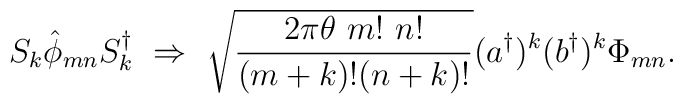
S_k {\hat \phi}_{mn} S_k^\dagger \ \Rightarrow \ \sqrt{\frac{2 \pi \theta \ m! \ n!}{(m+k)!(n+k)!}}({a^\dagger})^k ({b^\dagger})^k \Phi_{mn}.